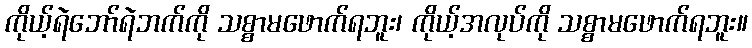
ကိုယ့်ရဲဘော်ရဲဘက်ကို သစ္စာမဖောက်ရဘူး၊ ကိုယ့်အလုပ်ကို သစ္စာမဖောက်ရဘူး။